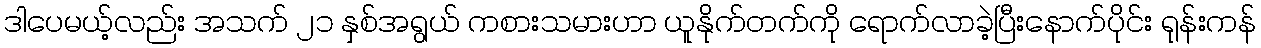
ဒါပေမယ့်လည်း အသက် ၂၁ နှစ်အရွယ် ကစားသမားဟာ ယူနိုက်တက်ကို ရောက်လာခဲ့ပြီးနောက်ပိုင်း ရုန်းကန်